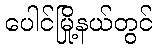
ပေါင်မြို့နယ်တွင်